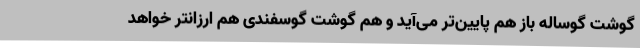
گوشت گوساله باز هم پایین‌تر می‌آید و هم گوشت گوسفندی هم ارزانتر خواهد